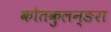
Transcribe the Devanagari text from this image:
कोतकुलन्ङरा